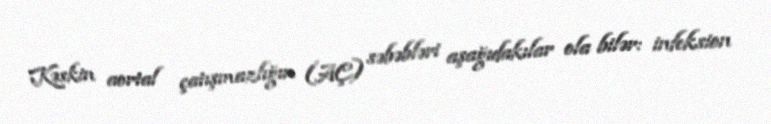
Kəskin aortal çatışmazlığın (AÇ) səbəbləri aşağıdakılar ola bilər: infeksion